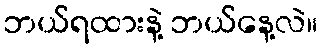
ဘယ်ရထားနဲ့ ဘယ်နေ့လဲ။